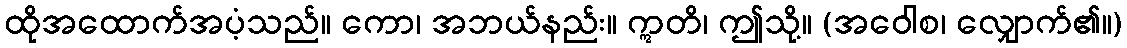
ထိုအထောက်အပံ့သည်။ ကော၊ အဘယ်နည်း။ ဣတိ၊ ဤသို့။ (အဝေါစ၊ လျှောက်၏။)